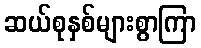
ဆယ်စုနှစ်များစွာကြာ